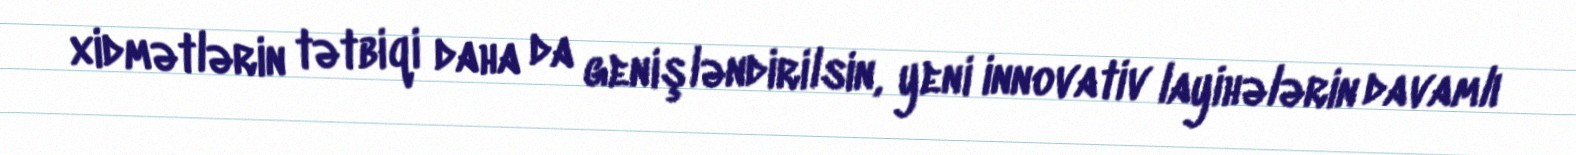
xidmətlərin tətbiqi daha da genişləndirilsin, yeni innovativ layihələrin davamlı